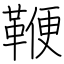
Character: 鞭